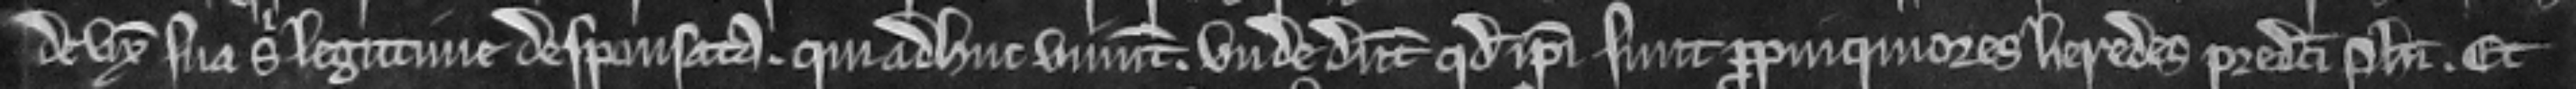
de uxore sua sibi legitime desponsata qui adhuc vivunt unde dicunt quod ipsi sunt propinquiores heredes predicti Philippi. Et